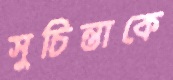
সুচিন্তাকে